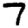
Digit: 7